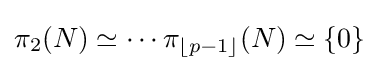
\pi _{2}(N)\simeq \dotsb \pi _{\lfloor p-1\rfloor }(N)\simeq \{0\}